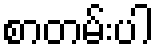
စာတမ်းပါ